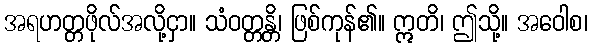
အရဟတ္တဖိုလ်အလို့ငှာ။ သံဝတ္တန္တိ၊ ဖြစ်ကုန်၏။ ဣတိ၊ ဤသို့။ အဝေါစ၊